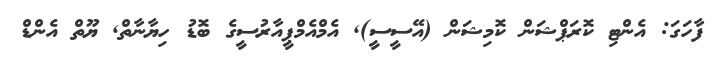
ފާހަގަ: އެންޓި ކޮރަޕްޝަން ކޮމިޝަން (އޭސީސީ)